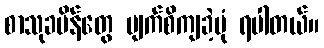
စာသုခမိန်တွေ မျက်စိကျခဲ့ပုံ ရပါတယ်။